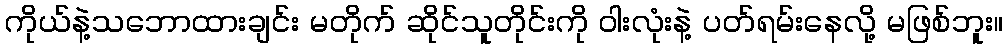
ကိုယ်နဲ့သဘောထားချင်း မတိုက် ဆိုင်သူတိုင်းကို ဝါးလုံးနဲ့ ပတ်ရမ်းနေလို့ မဖြစ်ဘူး။